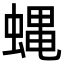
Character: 蝿